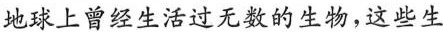
地球上曾经生活过无数的生物，这些生